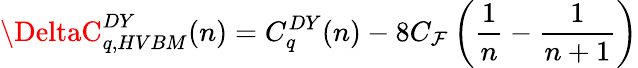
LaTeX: \DeltaC_{q,HVBM}^{DY}(n)=C_{q}^{DY}(n)-8C_{\mathcal{F}}\left(\frac{{1}}{{n}}-\frac{{1}}{{n+1}}\right)